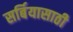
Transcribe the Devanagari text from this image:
सर्बियासाठी